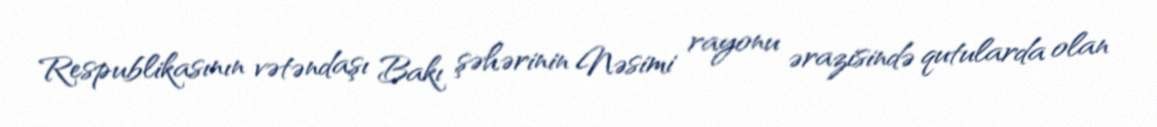
Respublikasının vətəndaşı Bakı şəhərinin Nəsimi rayonu ərazisində qutularda olan